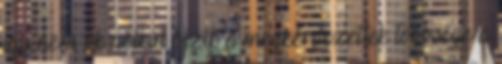
így nem ok nélkül bízik a megkérdezettek többsége a